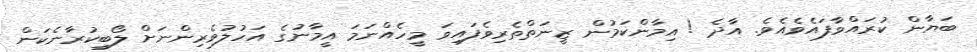
ބަޔާން ކުރައްވާފައެވެއެވެ. އާދެ ! އިމާންކަމުން ޒީނަތްތެރިވެފައިވަ މީހެއްނަމަ އީމާނުގެ އަހުލުވެރިންނަށް ލޯބިކުރާނެކަން